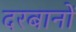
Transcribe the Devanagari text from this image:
दरबानों